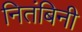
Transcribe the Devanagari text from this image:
नितंबिनी